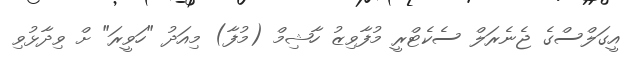
އީގަލްސްގެ ޖެނެރަލް ސެކެޓްރީ މުފާވިޒު ހާޝިމް (މުފާ) މިއަދު "ހަވީރަ" ށް ވިދާޅުވި